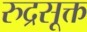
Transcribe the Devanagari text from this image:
रुद्रसूक्त